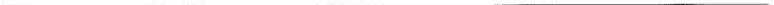
___